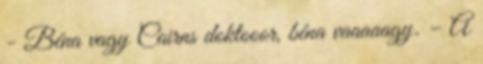
- Béna vagy Cairns doktooor, béna vaaaaagy. – A